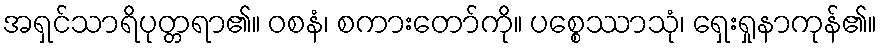
အရှင်သာရိပုတ္တရာ၏။ ဝစနံ၊ စကားတော်ကို။ ပစ္စေဿာသုံ၊ ရှေးရှုနာကုန်၏။